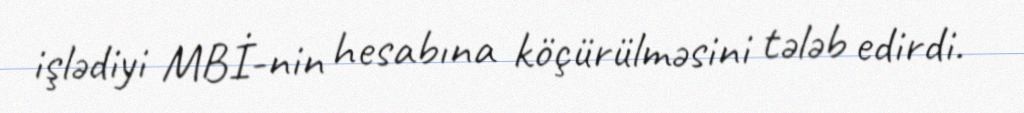
işlədiyi MBİ-nin hesabına köçürülməsini tələb edirdi.